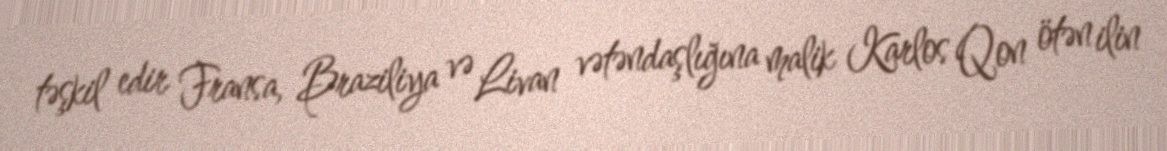
təşkil edir Fransa, Braziliya və Livan vətəndaşlığına malik Karlos Qon ötən ilin